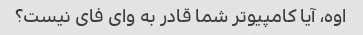
اوه، آیا کامپیوتر شما قادر به وای فای نیست؟